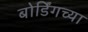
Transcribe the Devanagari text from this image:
बोर्डिंगच्या